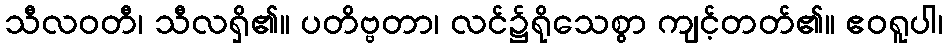
သီလဝတီ၊ သီလရှိ၏။ ပတိဗ္ဗတာ၊ လင်၌ရိုသေစွာ ကျင့်တတ်၏။ ဧဝရူပါ၊